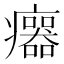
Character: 𤼅